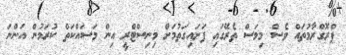
ޕްރޮގްރާމުތައް ވެސް މިމަސް ތެރޭގައި ފަށައިގަތުމަށް މިނިސްޓްރީ އިން މަސައްކަތް ކުރަމުން އަންނަ